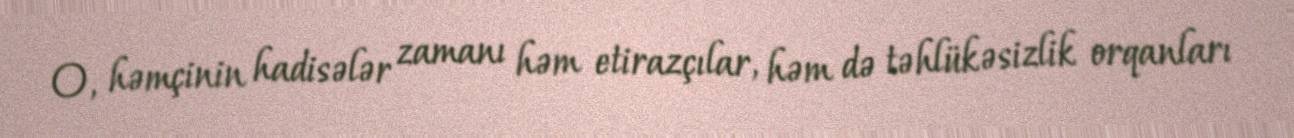
O, həmçinin hadisələr zamanı həm etirazçılar, həm də təhlükəsizlik orqanları